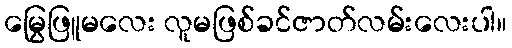
မြွေဖြူမလေး လူမဖြစ်ခင်ဇာတ်လမ်းလေးပါ။